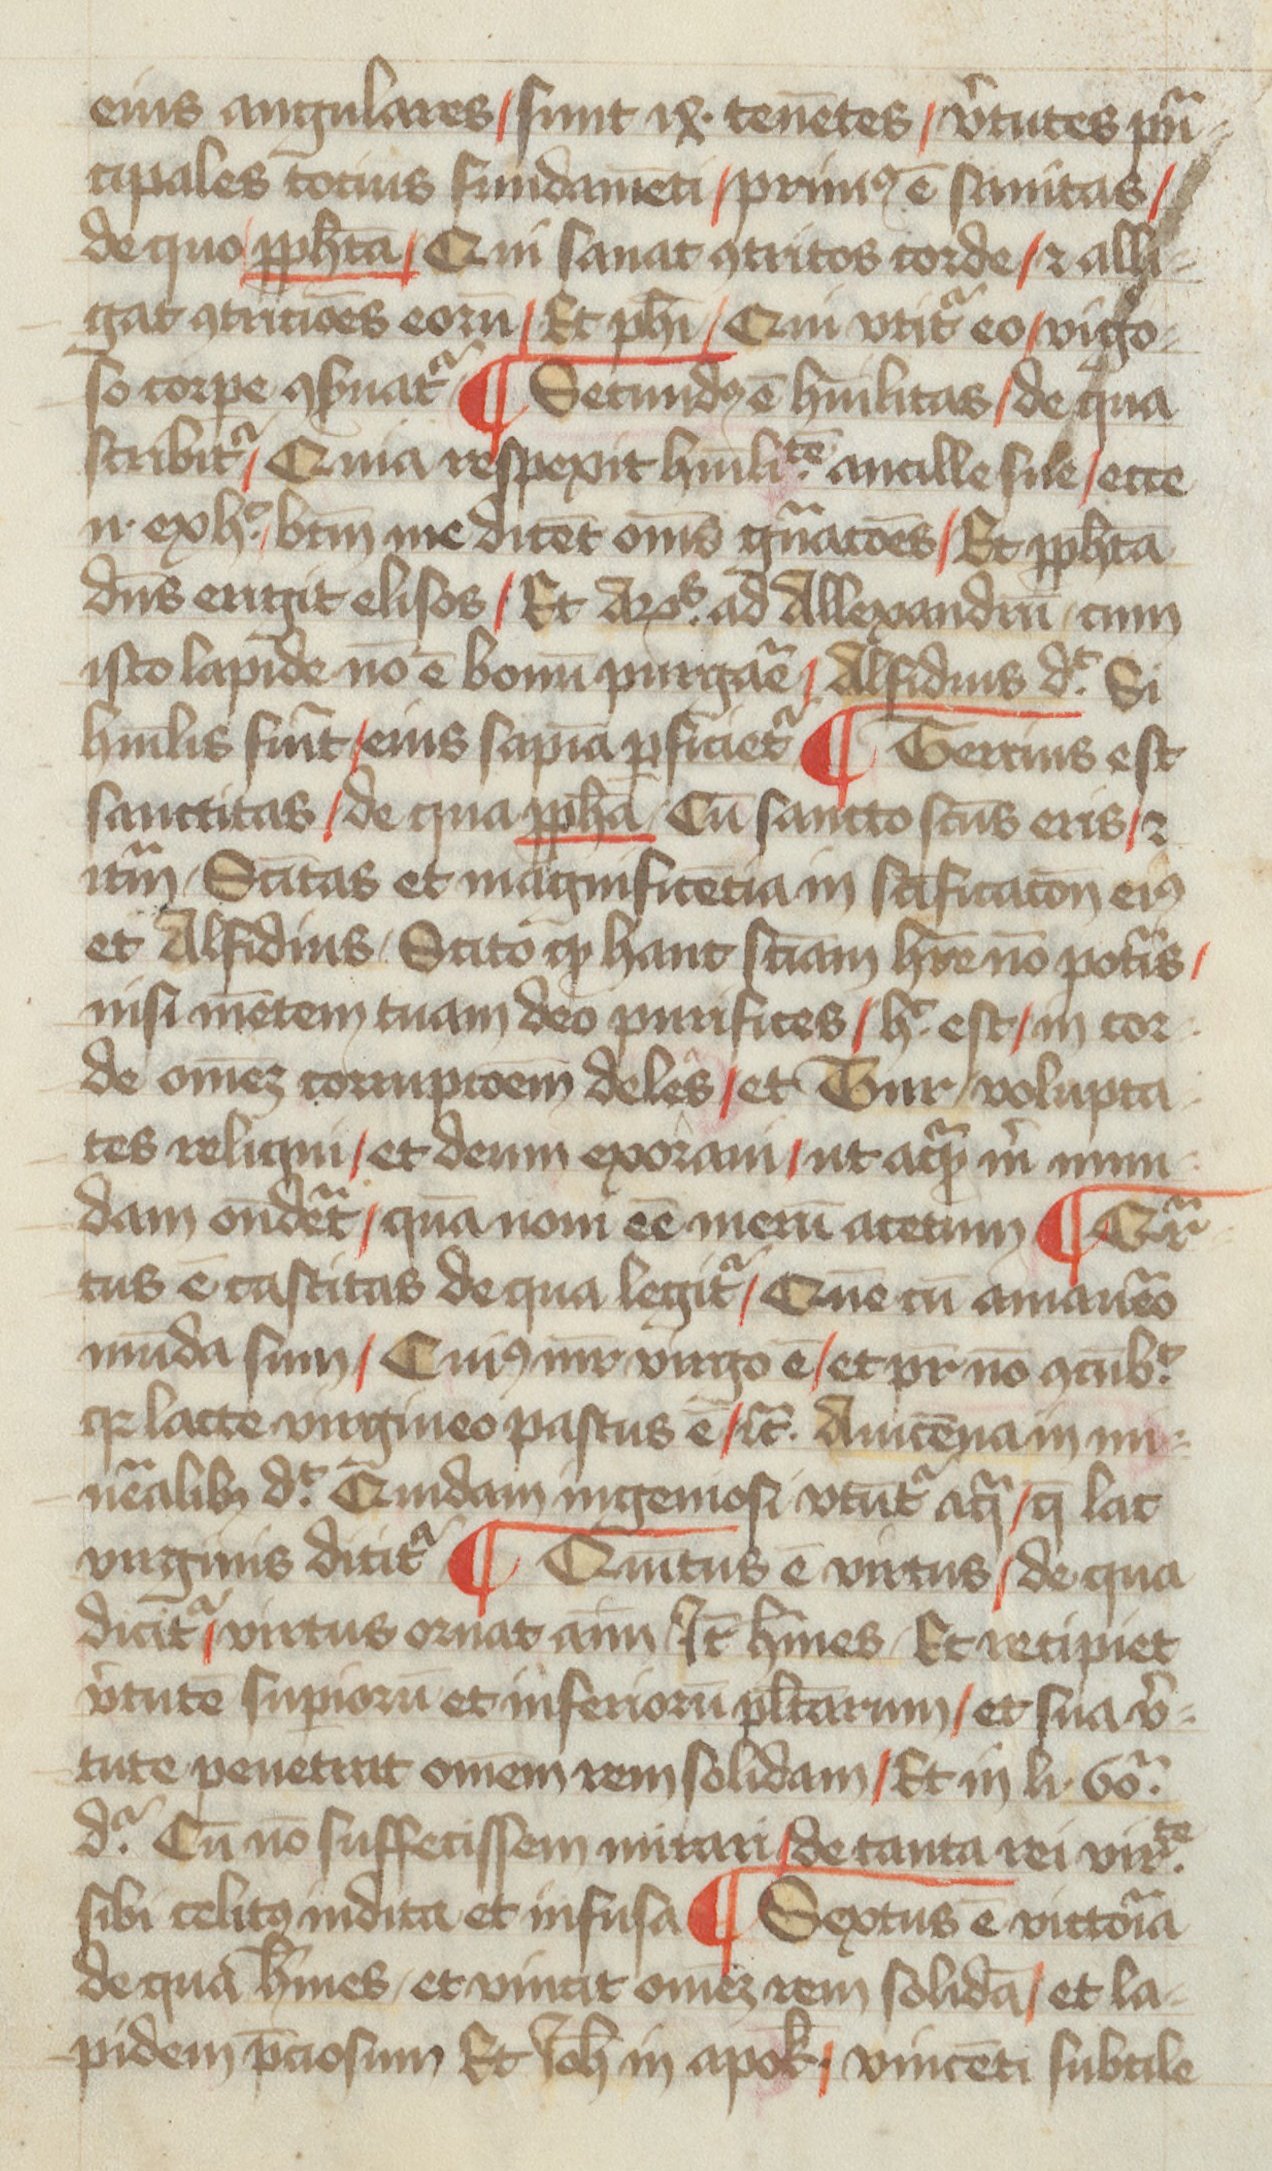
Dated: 1400–1499